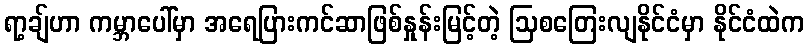
ရာ့ချ်ဟာ ကမ္ဘာပေါ်မှာ အရေပြားကင်ဆာဖြစ်နှုန်းမြင့်တဲ့ ဩစတြေးလျနိုင်ငံမှာ နိုင်ငံထဲက